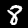
Digit: 8